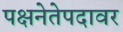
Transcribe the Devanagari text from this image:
पक्षनेतेपदावर